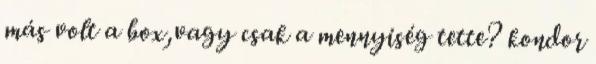
más volt a box,vagy csak a mennyiség tette? kondor